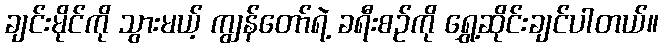
ချင်းမိုင်ကို သွားမယ့် ကျွန်တော်ရဲ့ ခရီးစဉ်ကို ရွှေ့ဆိုင်းချင်ပါတယ်။